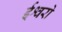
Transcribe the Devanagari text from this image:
ईश्वरो